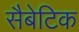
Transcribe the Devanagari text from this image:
सैबेटिक